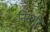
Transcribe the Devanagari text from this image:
निनगूर